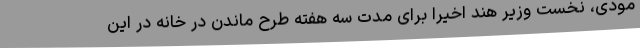
مودی، نخست وزیر هند اخیرا برای مدت سه هفته طرح ماندن در خانه در این